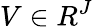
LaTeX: V\in R^{J}